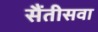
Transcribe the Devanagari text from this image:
सैंतीसवा